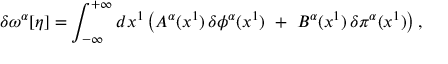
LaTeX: \delta \omega ^ { \alpha } [ \eta ] = \int _ { - \infty } ^ { + \infty } d x ^ { 1 } \left( A ^ { \alpha } ( x ^ { 1 } ) \, \delta \phi ^ { \alpha } ( x ^ { 1 } ) \, \, + \, \, B ^ { \alpha } ( x ^ { 1 } ) \, \delta \pi ^ { \alpha } ( x ^ { 1 } ) \right) ,